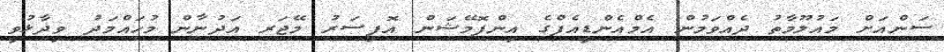
ސަންއަށް މައުލޫމާތު ދެއްވަމުން އެމްއެންޑީއެފްގެ އިންފޮމޭޝަން އޮފިސަރު މޭޖަރ އަދުނާން މުހައްމަދު ވިދާޅުވީ